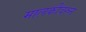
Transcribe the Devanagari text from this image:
मालकीवरुन